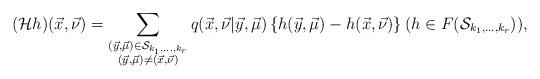
LaTeX: \begin{align*}(\mathcal{H}h)(\vec{x}, \vec{\nu})=\sum_{\begin{subarray}{c} (\vec{y}, \vec{\mu}) \in \mathcal{S}_{k_{1}, \ldots , k_{r}} \\ (\vec{y}, \vec{\mu})\not=(\vec{x}, \vec{\nu}) \end{subarray}}q(\vec{x}, \vec{\nu} | \vec{y}, \vec{\mu})\left\{h(\vec{y}, \vec{\mu})-h(\vec{x}, \vec{\nu})\right\} (h \in F(\mathcal{S}_{k_{1}, \ldots , k_{r}})), \end{align*}